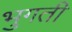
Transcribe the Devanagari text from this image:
भुगती